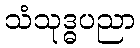
သံသုဒ္ဓပညာ